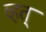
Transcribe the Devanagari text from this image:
व्हत्